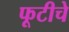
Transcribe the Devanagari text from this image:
फूटीचे